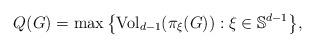
LaTeX: \begin{align*}Q(G)&=\max\big\{{\rm Vol}_{d-1}(\pi_{\xi}(G)): \xi\in\mathbb S^{d-1}\big\},\end{align*}